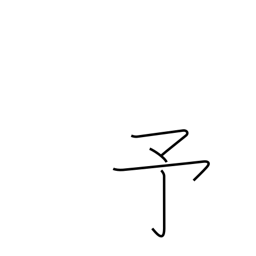
Meaning: previous